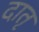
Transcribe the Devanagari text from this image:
दातृ